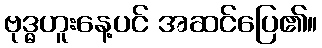
ဗုဒ္ဓဟူးနေ့ပင် အဆင်ပြေ၏။